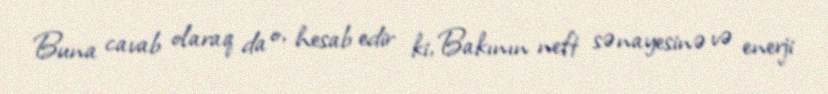
Buna cavab olaraq da o, hesab edir ki, Bakının neft sənayesinə və enerji